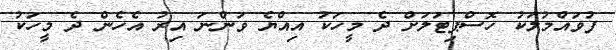
ފުވައްމުލަކު ހޮސްޕިޓަލަށް ދެ މީހަކު އިއްޔެ ވަންނަ އިރު އެހެން ދެ މީހަކު